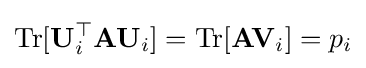
\mathrm {Tr} [\mathbf {U} _{i}^{\top }\mathbf {A} \mathbf {U} _{i}]=\mathrm {Tr} [\mathbf {A} \mathbf {V} _{i}]=p_{i}